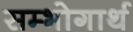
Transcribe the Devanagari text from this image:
सम्भोगार्थ